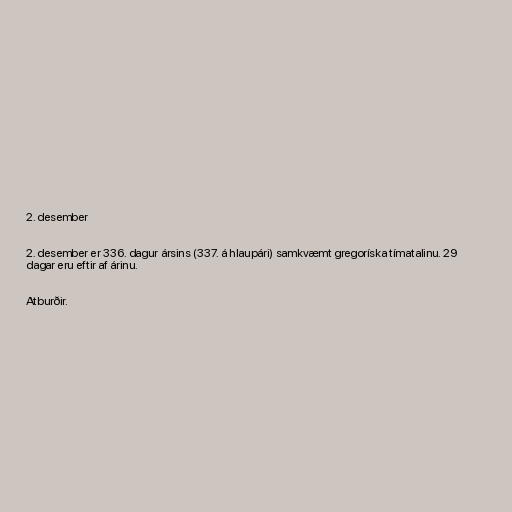
2. desember

2. desember er 336. dagur ársins (337. á hlaupári) samkvæmt gregoríska tímatalinu. 29
dagar eru eftir af árinu.

Atburðir.